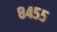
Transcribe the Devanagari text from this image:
८४५५